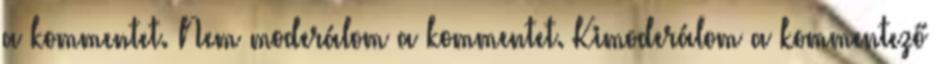
a kommentet. Nem moderálom a kommentet. Kimoderálom a kommentező